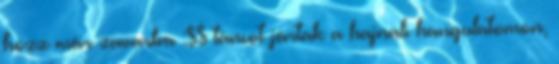
hozz már zavarba :$$ táncot jártak a hajnali hangulatomon,